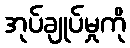
အုပ်ချုပ်မှုကို